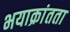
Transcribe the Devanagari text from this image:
भयाक्रांतता